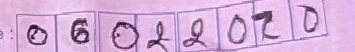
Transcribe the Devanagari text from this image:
धु  ६ ९ झ ० ट द